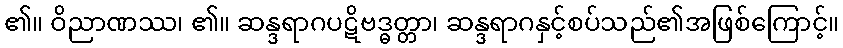
၏။ ဝိညာဏဿ၊ ၏။ ဆန္ဒရာဂပဋိဗဒ္ဓတ္တာ၊ ဆန္ဒရာဂနှင့်စပ်သည်၏အဖြစ်ကြောင့်။